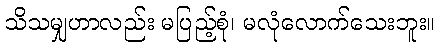
သိသမျှဟာလည်း မပြည့်စုံ၊ မလုံလောက်သေးဘူး။